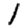
Digit: 1